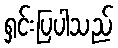
ရှင်းပြပါသည်